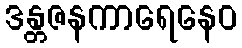
ဒန္တဇနကာရေနေဝ